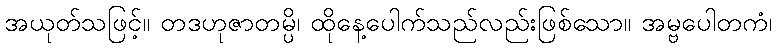
အယုတ်သဖြင့်။ တဒဟုဇာတမ္ပိ၊ ထိုနေ့ပေါက်သည်လည်းဖြစ်သော။ အမ္ဗပေါတကံ၊